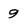
Character: 9